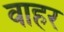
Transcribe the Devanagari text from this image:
वाहर